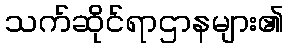
သက်ဆိုင်ရာဌာနများ၏